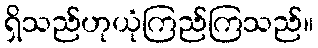
ရှိသည်ဟုယုံကြည်ကြသည်။